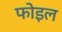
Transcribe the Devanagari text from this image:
फोइल